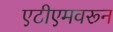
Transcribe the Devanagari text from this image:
एटीएमवरून